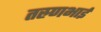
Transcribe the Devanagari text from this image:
तस्र्णभाई